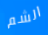
الشم